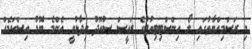
މި ރަސްމިއްޔާތުގައި ލޯ އިންސްޓިޓިއުޓުގެ ރައީސް ސުއޫދު ވިދާޅުވީ އެންމެ ބޮޑު އިސްކަމެއް